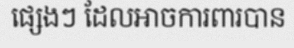
ផ្សេងៗ ដែលអាចការពារបាន